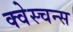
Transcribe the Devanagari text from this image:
क्वेस्चन्स